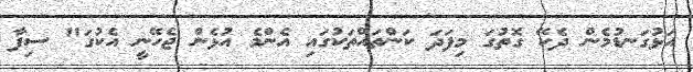
އަޅުގަނޑުމެން ދެކޭ ގޮތުގަ މިފަދަ ކަންތައްތަކުގައި އެންމެ އުޅެން ޖެހޭނީ އެކުގަ" ސިފާ